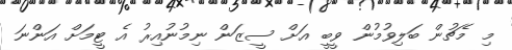
މި މެޗުން ބަލިވުމުން ވީބީ އަށް ސީޒަން ނިމުނުއިރު އެ ޓީމަށް އަންނަ